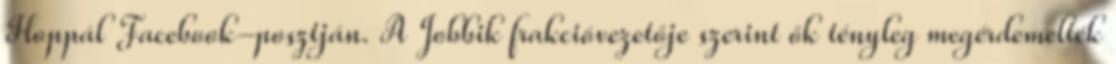
Hoppál Facebook-posztján. A Jobbik frakcióvezetője szerint ők tényleg megérdemelték